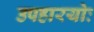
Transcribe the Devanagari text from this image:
उपहारयोः